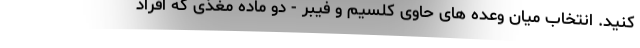
کنید. انتخاب میان وعده های حاوی کلسیم و فیبر - دو ماده مغذی که افراد